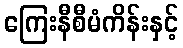
ကြေးနီစီမံကိန်းနှင့်